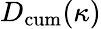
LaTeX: D_{\mathrm{cum}}(\kappa)